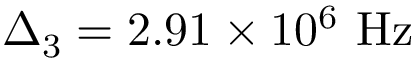
\Delta _ { 3 } = 2 . 9 1 \times 1 0 ^ { 6 } ~ \mathrm { H z }